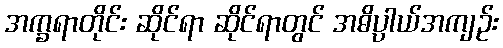
အက္ခရာတိုင်း ဆိုင်ရာ ဆိုင်ရာတွင် အဓိပ္ပာယ်အကျဉ်း